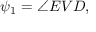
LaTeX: \psi _ { 1 } = \angle E V D ,